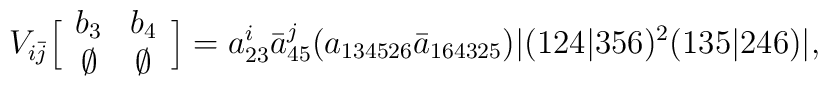
V_{i\bar{j}}\Big[  \begin{array}{cc} b_3 & b_4 \cr \emptyset  &  \emptyset \end{array} \Big] =a^i_{23}\bar{a}^j_{45} (a_{134526}\bar{a}_{164325})|(124|356)^2(135|246)|,